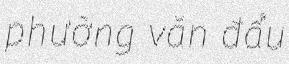
phường văn đẩu